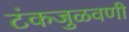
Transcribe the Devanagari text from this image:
टंकजुळवणी